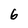
Character: 6